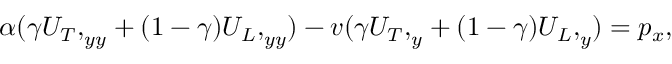
\begin{array} { r } { \alpha ( \gamma { U _ { T } , } _ { y y } + ( 1 - \gamma ) { U _ { L } , } _ { y y } ) - v ( \gamma { U _ { T } , } _ { y } + ( 1 - \gamma ) { U _ { L } , } _ { y } ) = p _ { x } , } \end{array}